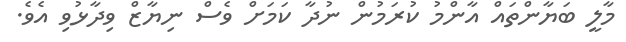
މާލީ ބަޔާންތައް އާންމު ކުރަމުން ނުދާ ކަމަށް ވެސް ނިޔާޒް ވިދާޅުވި އެވެ.